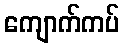
ကျောက်ကပ်